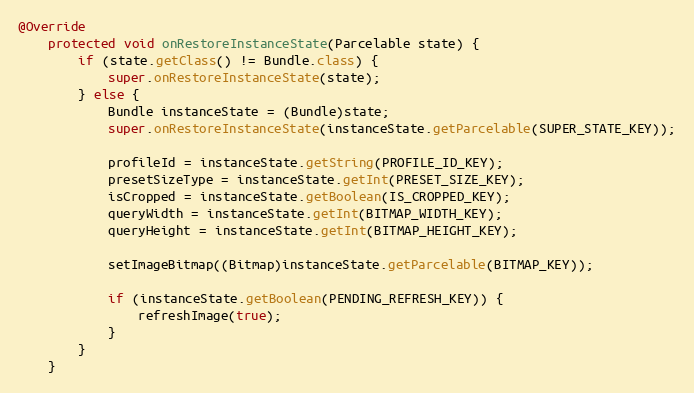
Language: Java
@Override
    protected void onRestoreInstanceState(Parcelable state) {
        if (state.getClass() != Bundle.class) {
            super.onRestoreInstanceState(state);
        } else {
            Bundle instanceState = (Bundle)state;
            super.onRestoreInstanceState(instanceState.getParcelable(SUPER_STATE_KEY));

            profileId = instanceState.getString(PROFILE_ID_KEY);
            presetSizeType = instanceState.getInt(PRESET_SIZE_KEY);
            isCropped = instanceState.getBoolean(IS_CROPPED_KEY);
            queryWidth = instanceState.getInt(BITMAP_WIDTH_KEY);
            queryHeight = instanceState.getInt(BITMAP_HEIGHT_KEY);

            setImageBitmap((Bitmap)instanceState.getParcelable(BITMAP_KEY));

            if (instanceState.getBoolean(PENDING_REFRESH_KEY)) {
                refreshImage(true);
            }
        }
    }